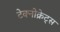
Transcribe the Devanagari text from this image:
टेक्नोक्रेट्स